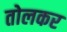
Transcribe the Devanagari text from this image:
तोलकर